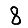
Digit: 8